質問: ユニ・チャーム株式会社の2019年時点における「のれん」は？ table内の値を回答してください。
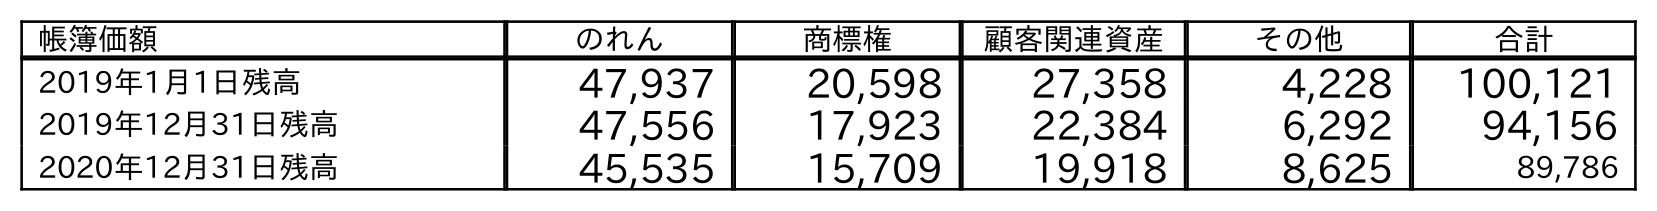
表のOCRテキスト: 帳簿価額 のれん 商標権 顧客関連資産 その他 合計 2019年1月1日残高 47,937 20,598 27,358 4,228 100,121 2019年12月31日残高 47,556 17,923 22,384 6,292 94,156 2020年12月31日残高 45,535 15,709 19,918 8,625 89,786
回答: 47,556